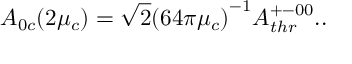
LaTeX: A _ { 0 c } ( 2 \mu _ { c } ) = \sqrt { 2 } { ( 6 4 \pi \mu _ { c } ) } ^ { - 1 } A _ { t h r } ^ { + - 0 0 } . .